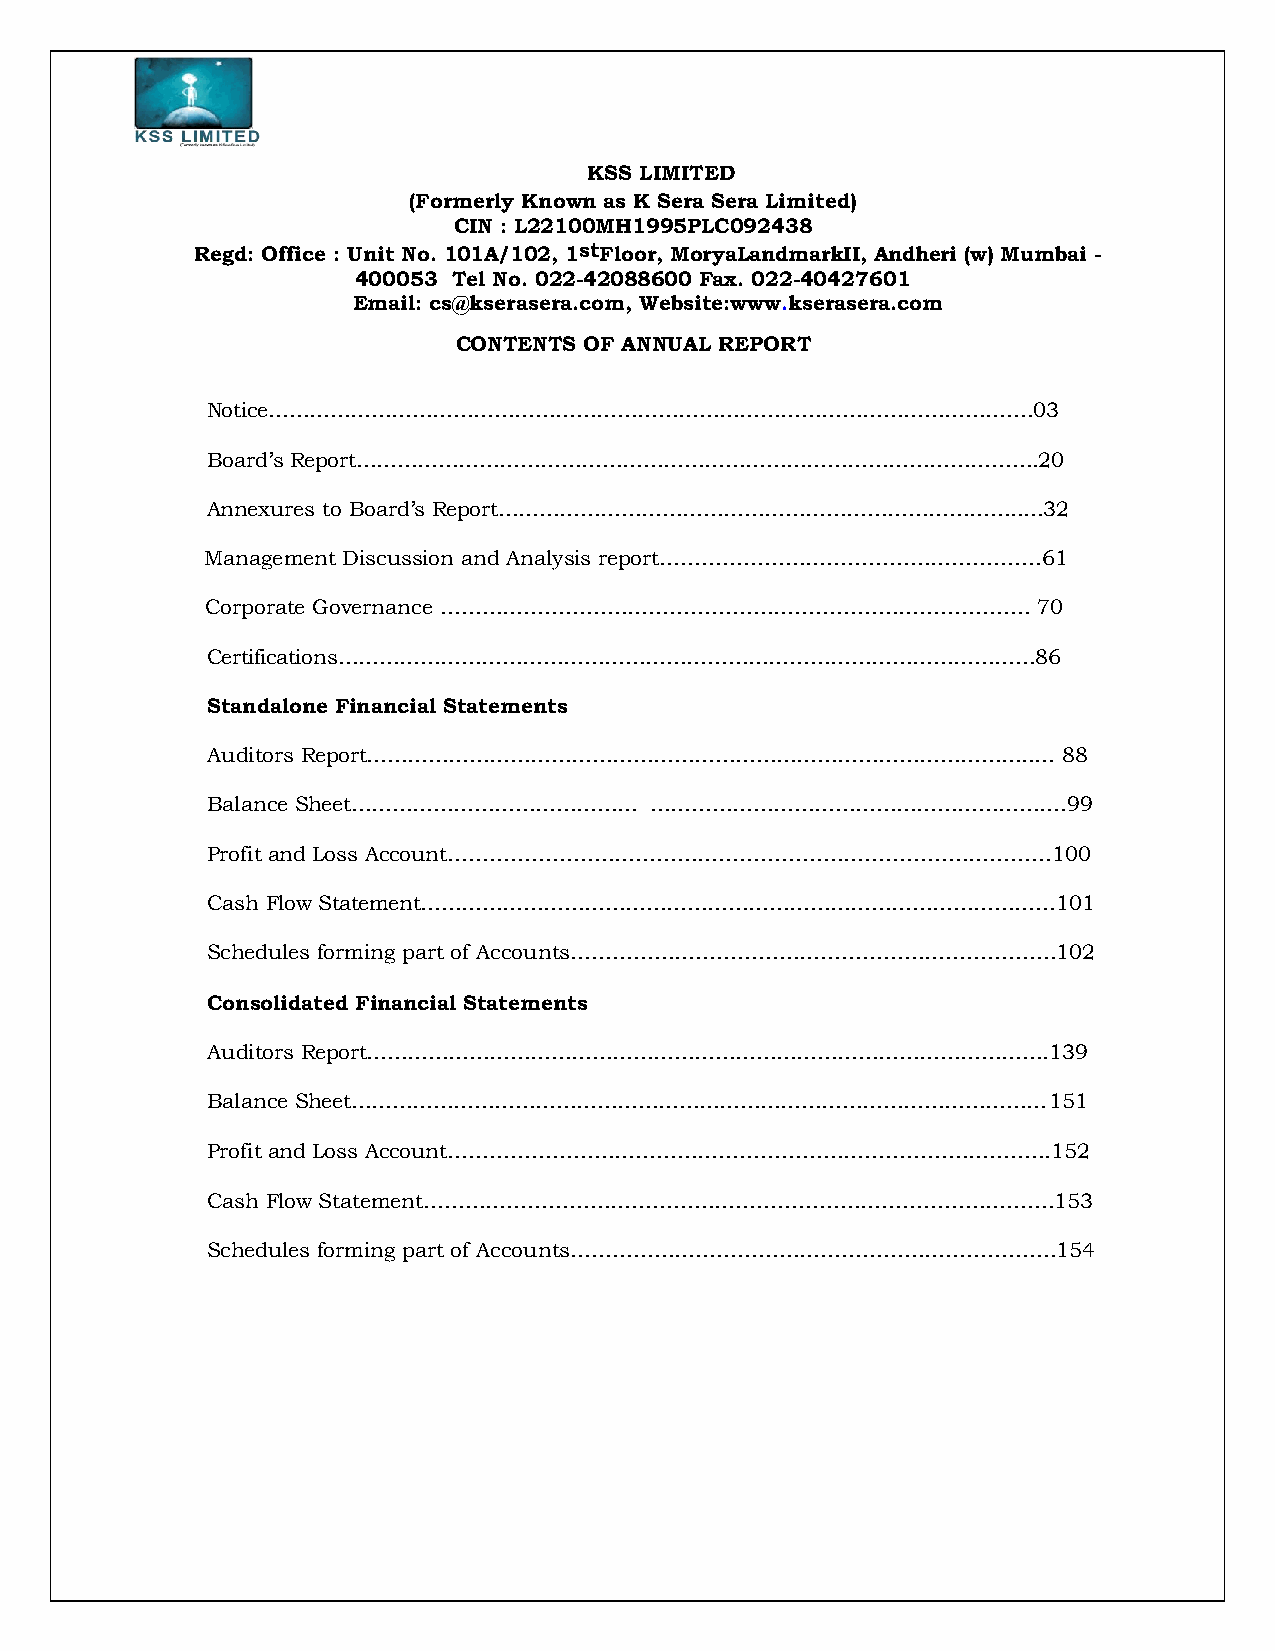
KSS LIMITED
 (Formerly Known as K Sera Sera Limited)
 CIN : L22100MH1995PLC092438
 Regd: Office : Unit No. 101A/102, 1stFloor, MoryaLandmarkII, Andheri (w) Mumbai -
 400053 Tel No. 022-42088600 Fax. 022-40427601
 Email: cs@kserasera.com, Website:www.kserasera.com
 CONTENTS OF ANNUAL REPORT
 Notice………………………………………………………………………………………………….03
 Board’s Report……………………………………………………………………………………….20
 Annexures to Board’s Report…………………………………………………………………..…32
 Management Discussion and Analysis report……………………………………………….61
 Corporate Governance ………………………………………………………………………….     70
 Certifications…………………………………………………………………………………………86
 Standalone Financial Statements
 Auditors Report……………………………………………………………………………………..…      88
 Balance Sheet……………………………………  …………………………………………………….99
 Profit and Loss Account……………………………………………………………………………100
 Cash Flow Statement…………………………………………………………………………………101
 Schedules forming part of Accounts…………………………………………………………….102
 Consolidated Financial Statements
 Auditors Report……………………………………………………………………………………….139
 Balance Sheet…………………………………………………………………………………………        151
 Profit and Loss Account…………………………………………………………………………...152
 Cash Flow Statement……………………………………………………………………………….153
 Schedules forming part of Accounts…………………………………………………………….154